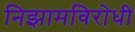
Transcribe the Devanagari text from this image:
निझामविरोधी